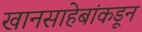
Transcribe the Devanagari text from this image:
खानसाहेबांकडून